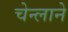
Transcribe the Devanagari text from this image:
चेन्लाने